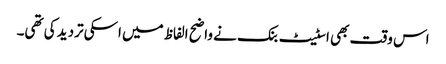
اس وقت بھی اسٹیٹ بنک نے واضح الفاظ میں اسکی تردید کی تھی۔